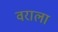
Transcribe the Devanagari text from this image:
वराला